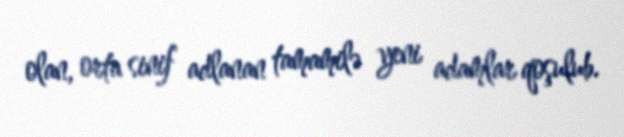
olan, orta sinif adlanan tamamilə yeni adamlar qoşulub.